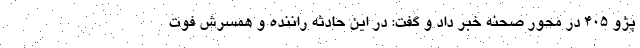
پژو ۴۰۵ در محور صحنه خبر داد و گفت: در این حادثه راننده و همسرش فوت